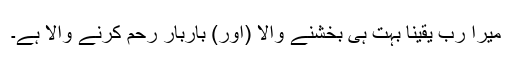
میرا رب یقیناً بہت ہی بخشنے والا (اور) باربار رحم کرنے والا ہے۔